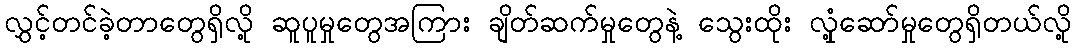
လွှင့်တင်ခဲ့တာတွေရှိလို့ ဆူပူမှုတွေအကြား ချိတ်ဆက်မှုတွေနဲ့ သွေးထိုး လှုံ့ဆော်မှုတွေရှိတယ်လို့